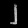
Digit: ၂